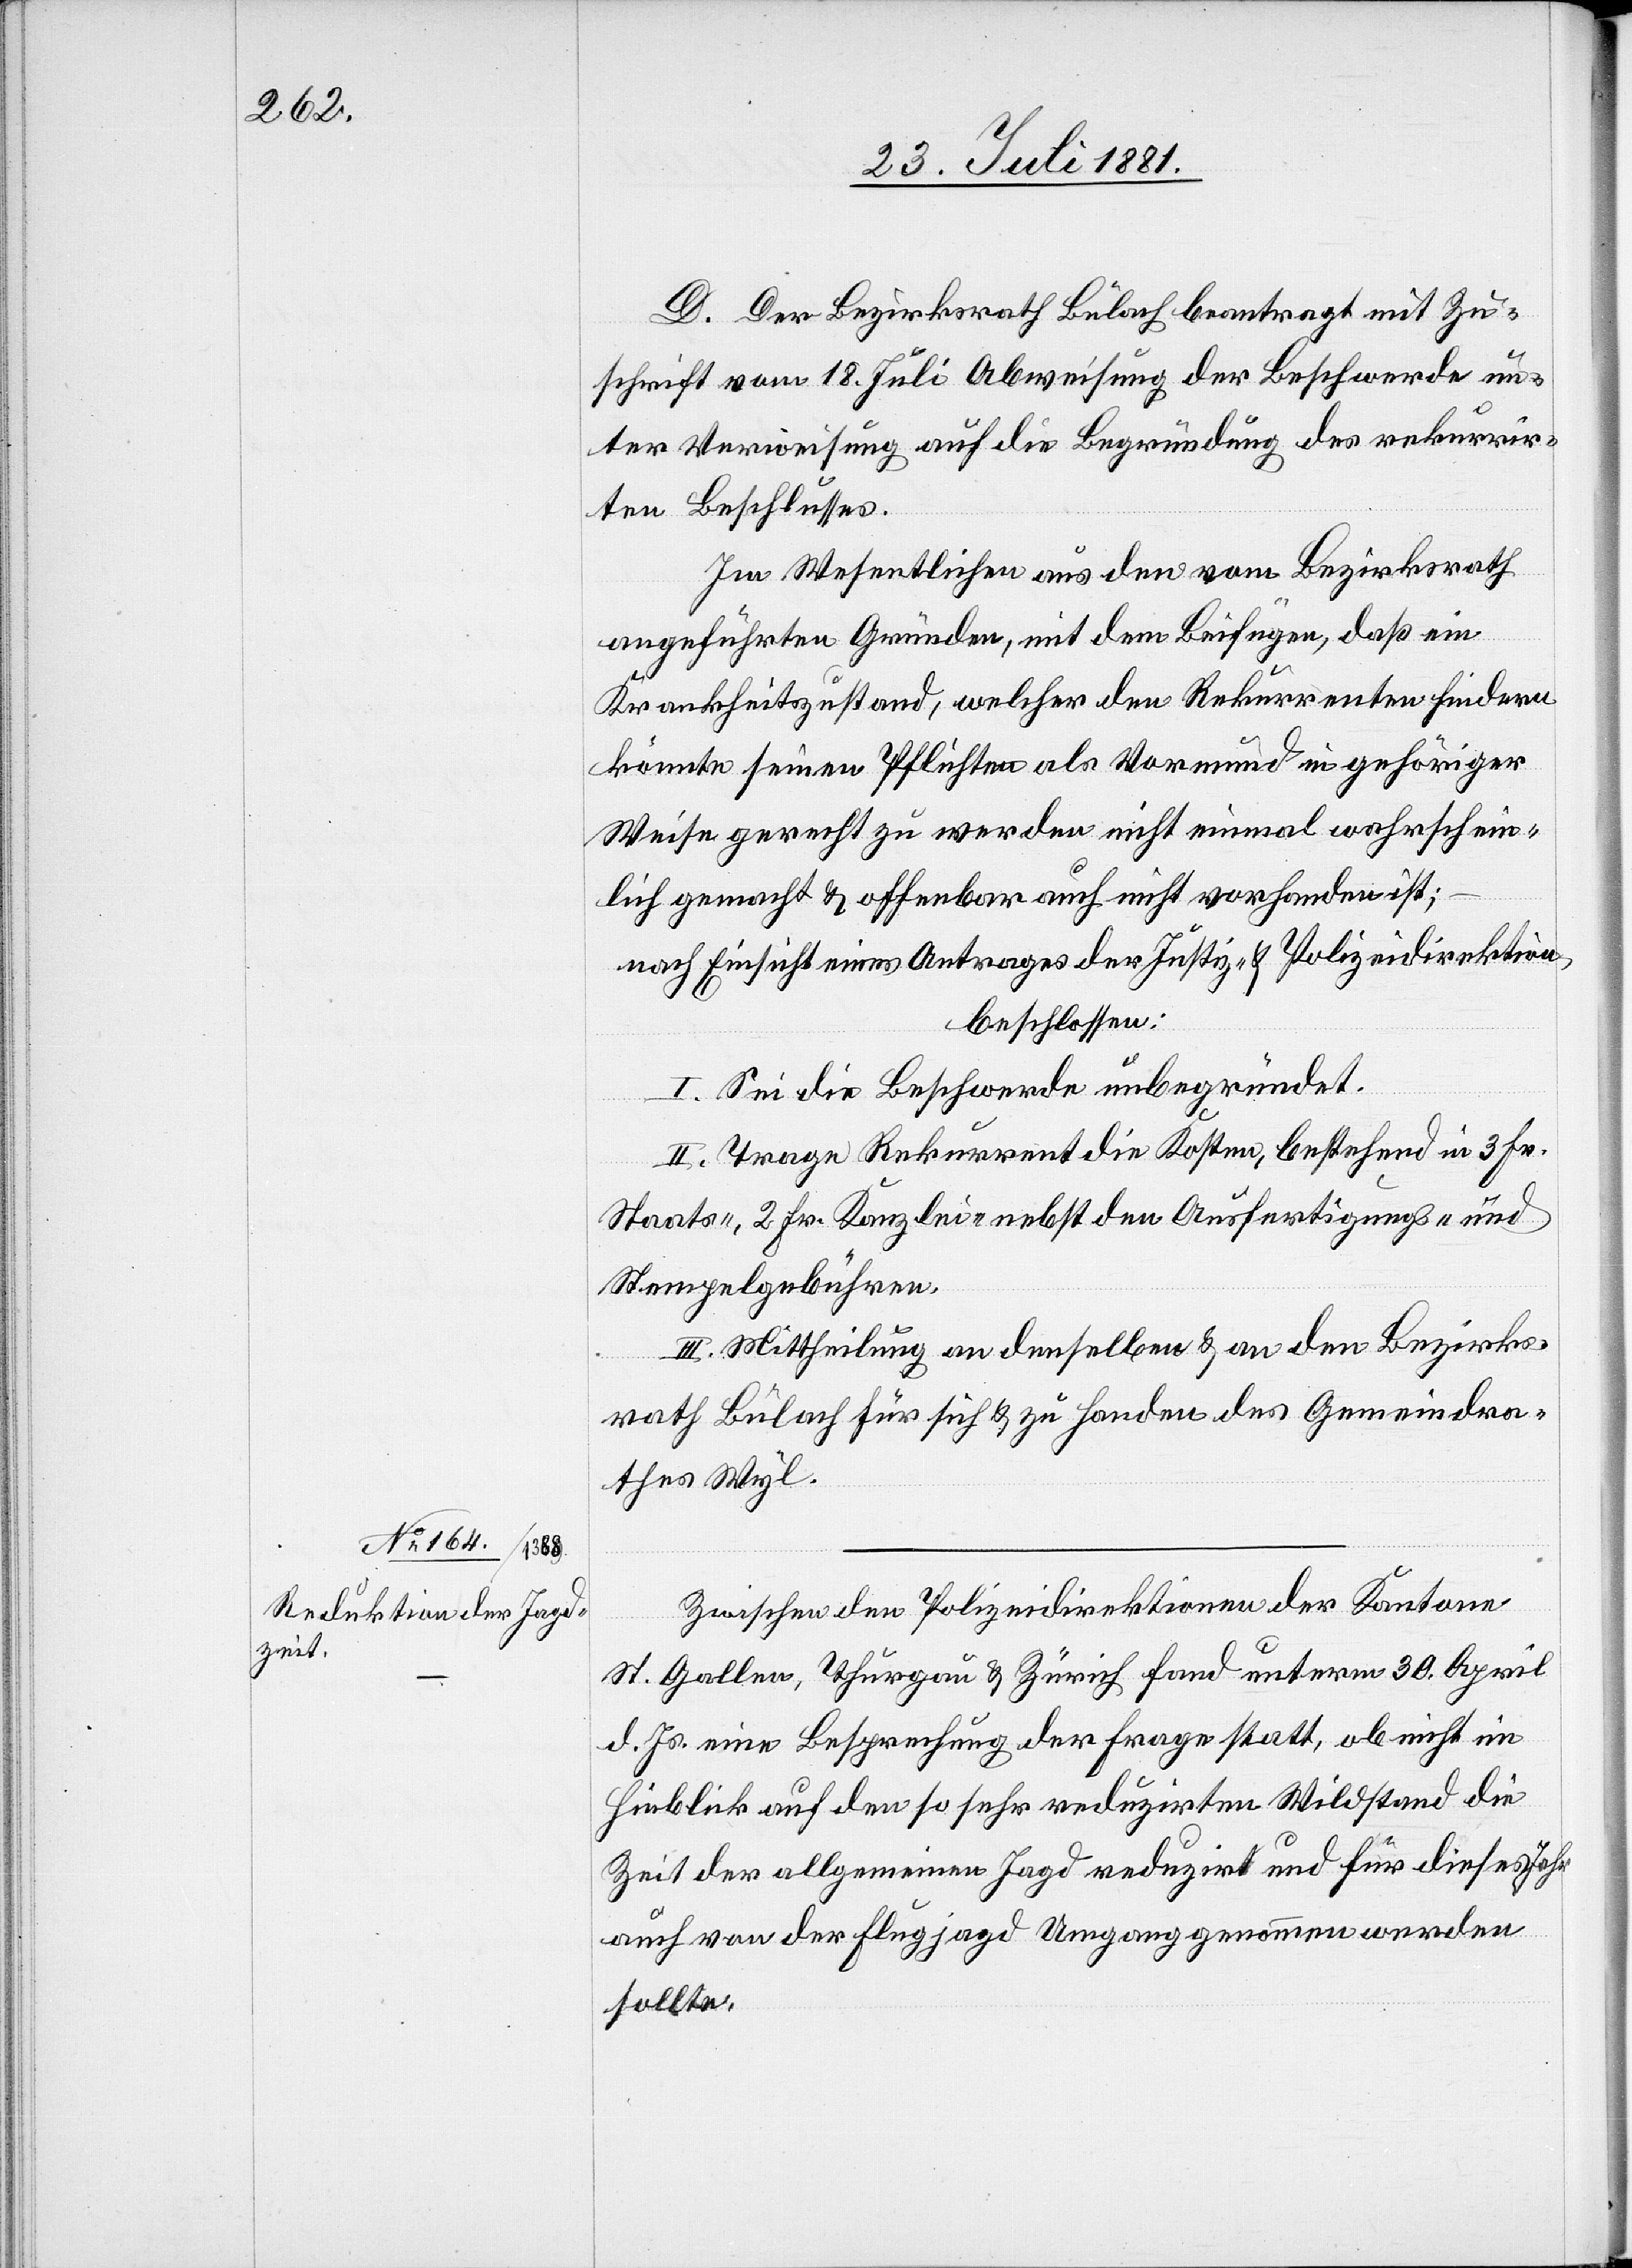
D. Der Bezirksrath Bülach beantragt mit Zu¬
schrift vom 18. Juli Abweisung der Beschwerde un¬
ter Verweisung auf die Begründung des rekurrir¬
ten Beschlusses.
Im Wesentlichen aus den vom Bezirksrath
angeführten Gründen, mit dem Beifügen, daß ein
Krankheitszustand, welcher den Rekurrenten hindern
könnte seinen Pflichten als Vormund in gehöriger
Weise gerecht zu werden nicht einmal wahrschein¬
lich gemacht & offenbar auch nicht vorhanden ist;
nach Einsicht eines Antrages der Justiz- & Polizeidirektion,
beschlossen:
I. Sei die Beschwerde unbegründet.
II. Trage Rekurrent die Kosten, bestehend in 3 Fr.
Staats-, 2 Fr. Kanzlei, nebst den Ausfertigungs- &
Stempelgebühren.
III. Mittheilung an denselben & an den Bezirks¬
rath Bülach für sich & zu Handen des Gemeindra¬
thes Wyl.
Zwischen den Polizeidirektionen der Kantone
St. Gallen, Thurgau & Zürich fand unterm 30. April
d. Js. eine Besprechung der Frage statt, ob nicht im
Hinblick auf den so sehr reduzirten Wildstand die
Zeit der allgemeinen Jagd reduzirt und für dieses Jahr
auch von der Flugjagd Umgang genommen werden
sollte.